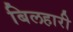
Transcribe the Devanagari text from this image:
बिलहारी